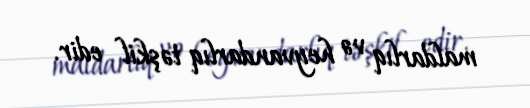
maldarlıq və heyvandarlıq təşkil edir.